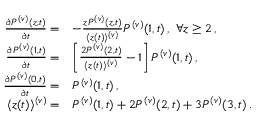
\begin{array} { r l } { \frac { \partial P ^ { ( v ) } ( { z } , { t } ) } { \partial t } = } & { - \frac { z P ^ { ( v ) } ( { z } , { t } ) } { \langle z ( t ) \rangle ^ { ( v ) } } P ^ { ( v ) } ( { 1 } , { t } ) \, , \mathrm { ~ } \forall z \ge 2 \, , } \\ { \frac { \partial P ^ { ( v ) } ( { 1 } , { t } ) } { \partial t } = } & { \left[ \frac { 2 P ^ { ( v ) } ( { 2 } , { t } ) } { \langle z ( t ) \rangle ^ { ( v ) } } - 1 \right] P ^ { ( v ) } ( { 1 } , { t } ) \, , } \\ { \frac { \partial P ^ { ( v ) } ( { 0 } , { t } ) } { \partial t } = } & { P ^ { ( v ) } ( { 1 } , { t } ) \, , } \\ { \langle z ( t ) \rangle ^ { ( v ) } = } & { P ^ { ( v ) } ( { 1 } , { t } ) + 2 P ^ { ( v ) } ( { 2 } , { t } ) + 3 P ^ { ( v ) } ( { 3 } , { t } ) \, . } \end{array}